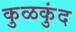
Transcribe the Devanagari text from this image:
कुळकुंद